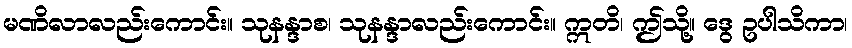
မဏိလာလည်းကောင်း။ သုနန္ဒာစ၊ သုနန္ဒာလည်းကောင်း။ ဣတိ၊ ဤသို့။ ဒွေ ဥပါသိကာ၊